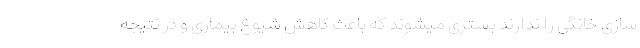
سازی خانگی را ندارند بستری میشوند که باعث کاهش شیوع بیماری و در نتیجه